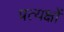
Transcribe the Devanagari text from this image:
प्रत्यक्षों